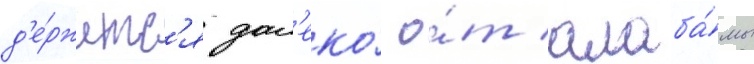
д'е́ржитс'я дал'еко́ о́т алаба́мы